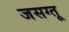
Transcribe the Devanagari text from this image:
जसग्तू